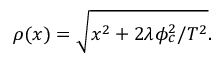
\rho ( x ) = \sqrt { x ^ { 2 } + 2 \lambda \phi _ { c } ^ { 2 } / T ^ { 2 } } .